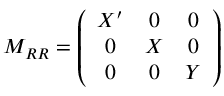
M _ { R R } = \left( \begin{array} { c c c } { { X ^ { \prime } } } & { { 0 } } & { { 0 } } \\ { { 0 } } & { { X } } & { { 0 } } \\ { { 0 } } & { { 0 } } & { { Y } } \end{array} \right)